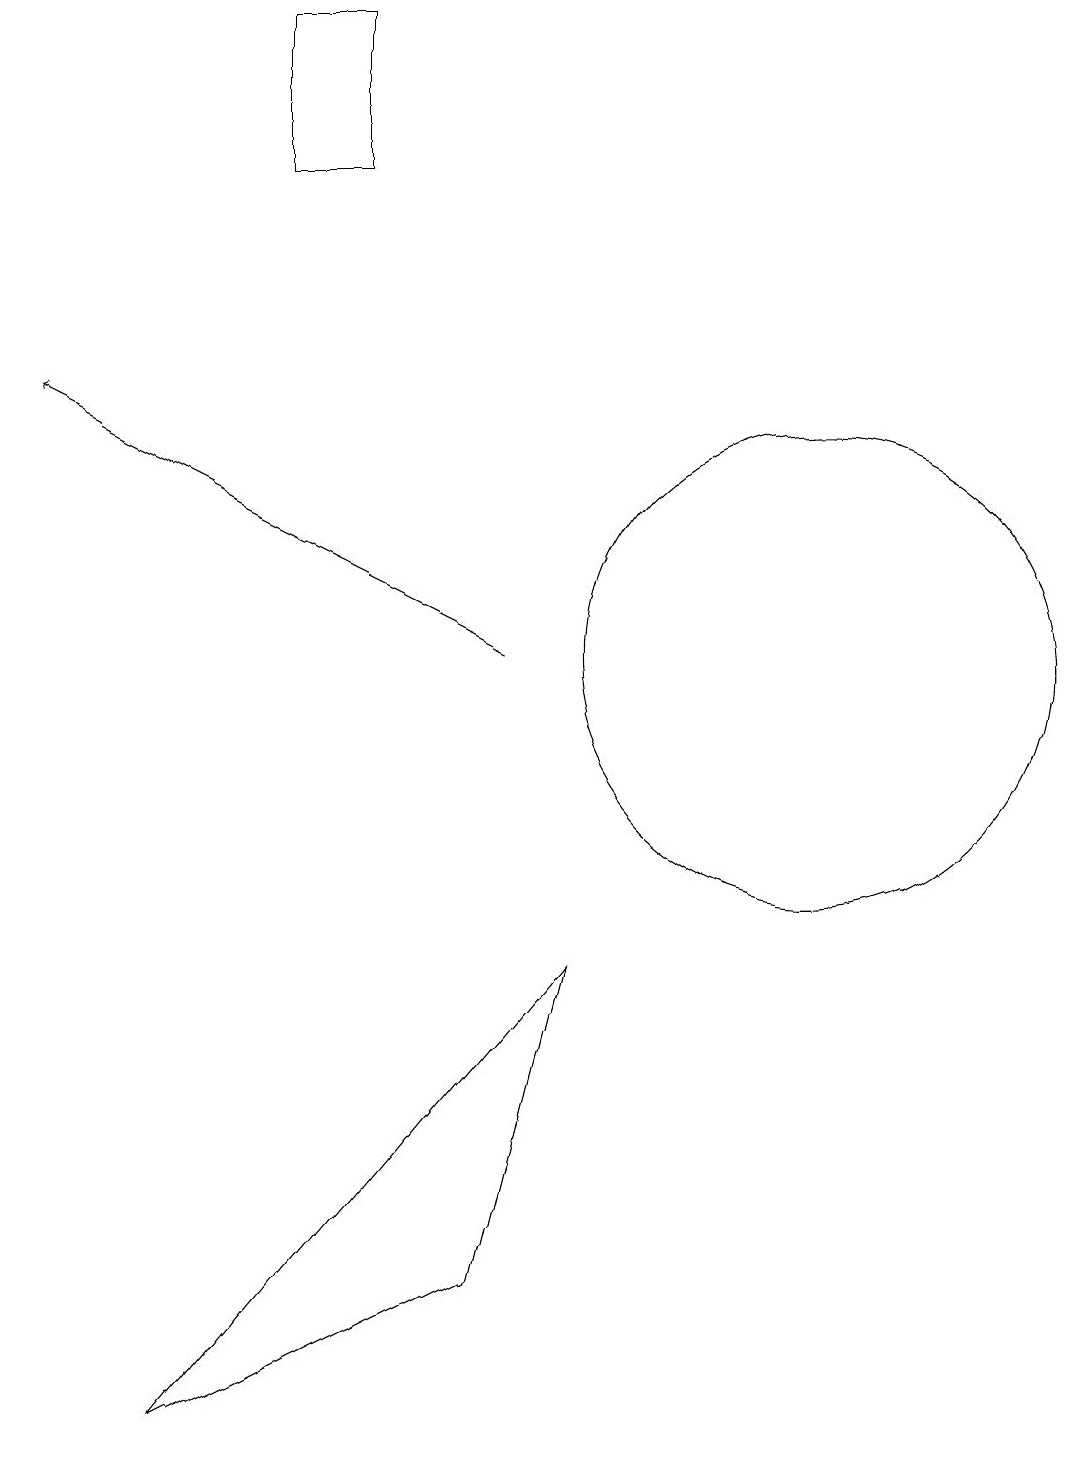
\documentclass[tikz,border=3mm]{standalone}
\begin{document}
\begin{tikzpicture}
\draw[->] (6,11) -- (0,14);
\draw (10,11) circle (3);
\draw (3,19) rectangle (4,17);
\draw (6,3) -- (7,7) -- (2,1) -- cycle;
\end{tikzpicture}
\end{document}